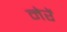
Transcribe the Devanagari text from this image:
नेरें